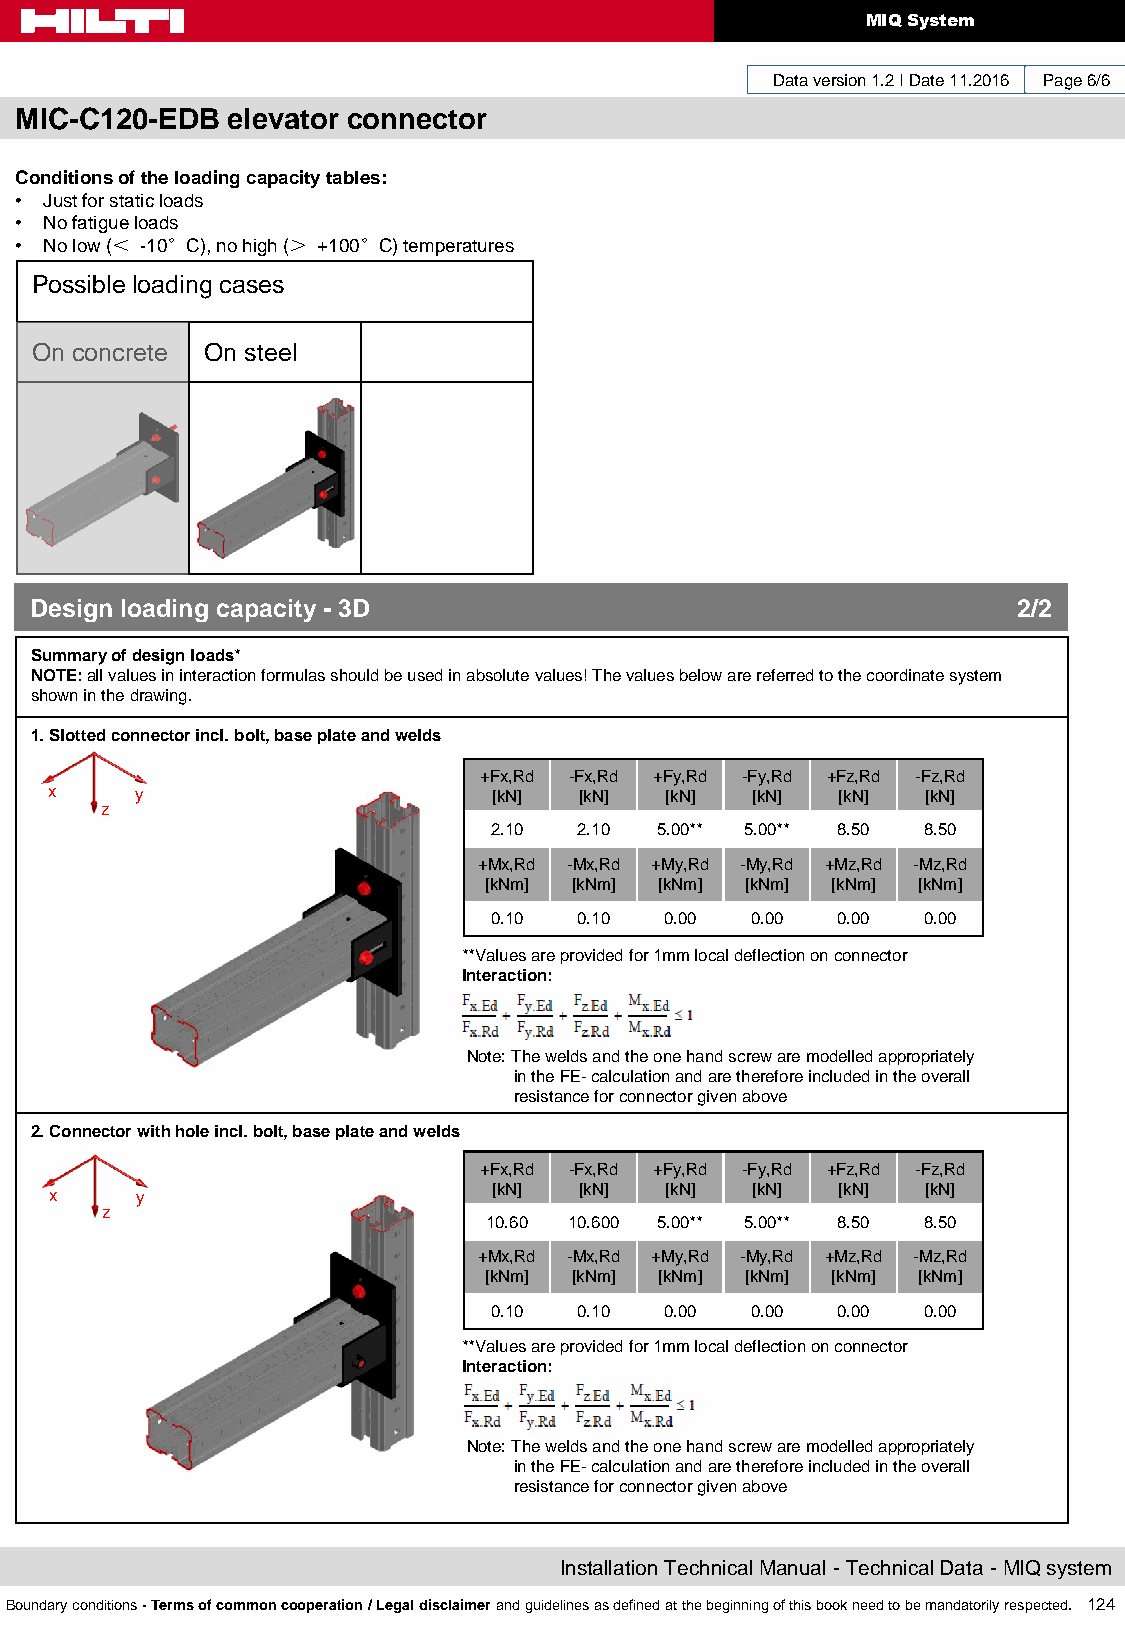
MIQ System
 Data version 1.2 I Date 11.2016 Page 6/6
 MIC-C120-EDB  elevator connector
 Conditions of the loading capacity tables:
 • Just for static loads
 • No fatigue loads
 • No low (＜ -10°C), no high (＞ +100°C) temperatures
 Possible loading cases
 On concrete On steel
 Design loading capacity - 3D                                     2/2
 Summary of design loads*
 NOTE: all values in interaction formulas should be used in absolute values! The values below are referred to the coordinate system
 shown in the drawing.
 1. Slotted connector incl. bolt, base plate and welds
 +Fx,Rd -Fx,Rd +Fy,Rd -Fy,Rd +Fz,Rd -Fz,Rd
 x     y                       [kN] [kN]  [kN]  [kN]  [kN] [kN]
 z
 2.10  2.10  5.00** 5.00** 8.50 8.50
 +Mx,Rd -Mx,Rd +My,Rd -My,Rd +Mz,Rd -Mz,Rd
 [kNm] [kNm] [kNm] [kNm] [kNm] [kNm]
 0.10  0.10  0.00  0.00 0.00  0.00
 **Values are provided for 1mm local deflection on connector
 Interaction:
 Note: The welds and the one hand screw are modelled appropriately
 in the FE- calculation and are therefore included in the overall
 resistance for connector given above
 2. Connector with hole incl. bolt, base plate and welds
 +Fx,Rd -Fx,Rd +Fy,Rd -Fy,Rd +Fz,Rd -Fz,Rd
 x     y                       [kN] [kN]  [kN]  [kN]  [kN] [kN]
 z
 10.60 10.600 5.00** 5.00** 8.50 8.50
 +Mx,Rd -Mx,Rd +My,Rd -My,Rd +Mz,Rd -Mz,Rd
 [kNm] [kNm] [kNm] [kNm] [kNm] [kNm]
 0.10  0.10  0.00  0.00 0.00  0.00
 **Values are provided for 1mm local deflection on connector
 Interaction:
 Note: The welds and the one hand screw are modelled appropriately
 in the FE- calculation and are therefore included in the overall
 resistance for connector given above
 Installation Technical Manual - Technical Data - MIQ system
 Boundary conditions - Terms of common cooperation / Legal disclaimer and guidelines as defined at the beginning of this book need to be mandatorily respected. 124